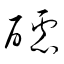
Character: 醽